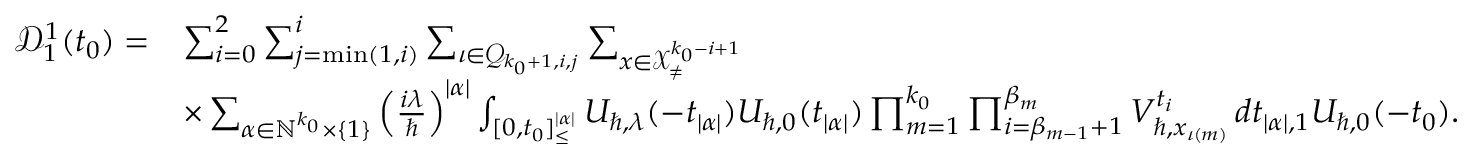
\begin{array} { r l } { \mathcal { D } _ { 1 } ^ { 1 } ( t _ { 0 } ) = } & { \sum _ { i = 0 } ^ { 2 } \sum _ { j = \operatorname* { m i n } ( 1 , i ) } ^ { i } \sum _ { \iota \in \mathcal { Q } _ { k _ { 0 } + 1 , i , j } } \sum _ { \boldsymbol { x } \in \mathcal { X } _ { \neq } ^ { k _ { 0 } - i + 1 } } } \\ & { \times \sum _ { \alpha \in \mathbb { N } ^ { k _ { 0 } } \times \{ 1 \} } \left( \frac { i \lambda } { \hbar } \right) ^ { | \alpha | } \int _ { [ 0 , t _ { 0 } ] _ { \leq } ^ { | \alpha | } } U _ { \hbar , \lambda } ( - t _ { | \alpha | } ) U _ { \hbar , 0 } ( t _ { | \alpha | } ) \prod _ { m = 1 } ^ { k _ { 0 } } \prod _ { i = \beta _ { m - 1 } + 1 } ^ { \beta _ { m } } V _ { \hbar , x _ { \iota ( m ) } } ^ { t _ { i } } \, d \boldsymbol { t } _ { | \alpha | , 1 } U _ { \hbar , 0 } ( - t _ { 0 } ) . } \end{array}